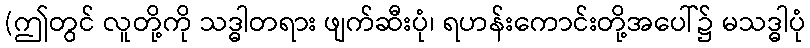
(ဤတွင် လူတို့ကို သဒ္ဓါတရား ဖျက်ဆီးပုံ၊ ရဟန်းကောင်းတို့အပေါ်၌ မသဒ္ဓါပုံ